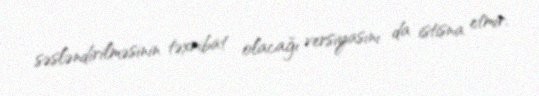
səsləndirilməsinin təxribat olacağı versiyasını da istisna etmir.